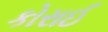
કોરાઈ